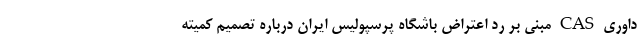
داوری CAS مبنی بر رد اعتراض باشگاه پرسپولیس ایران درباره تصمیم کمیته